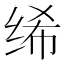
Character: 𫄨